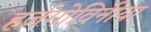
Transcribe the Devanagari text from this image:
हर्जगोविनीया